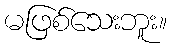
မဖြစ်သေးဘူး။